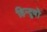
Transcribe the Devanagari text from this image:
हिन्दुवों